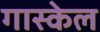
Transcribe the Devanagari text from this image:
गास्केल